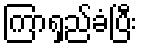
ကြာရှည်ခံပြီး